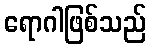
ရောဂါဖြစ်သည်